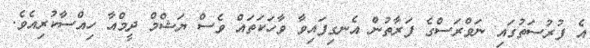
އެ ފުރުސަތުގައި ނަވްރަސްގެ ފަރާތުން އެނގިފައިވާ ވާހަކަތައް ވެސް ޔަޝްމް ދީމްއާ ހިއްސާކުރިއެވެ.